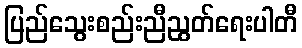
ပြည်သွေးစည်းညီညွတ်ရေးပါတီ